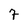
Character: 7